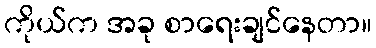
ကိုယ်က အခု စာရေးချင်နေတာ။